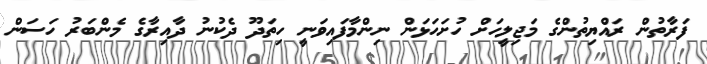
ފަރާތުން ރައްޔިތުންގެ މަޖިލީހަށް ހުށަހަޅަން ނިންމާފައިވަނީ ހިތަދޫ ދެކުނު ދާއިރާގެ މެންބަރު ހަސަން